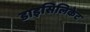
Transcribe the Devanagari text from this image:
डाइसिलिकेट